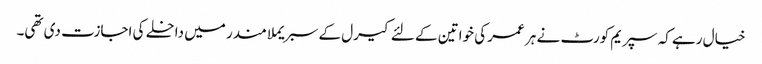
خیال رہے کہ سپریم کورٹ نے ہر عمر کی خواتین کے لئے کیرل کے سبریملا مندر میں داخلے کی اجازت دی تھی۔